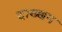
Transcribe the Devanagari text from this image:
दाख्खन